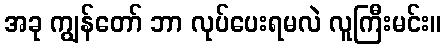
အခု ကျွန်တော် ဘာ လုပ်ပေးရမလဲ လူကြီးမင်း။